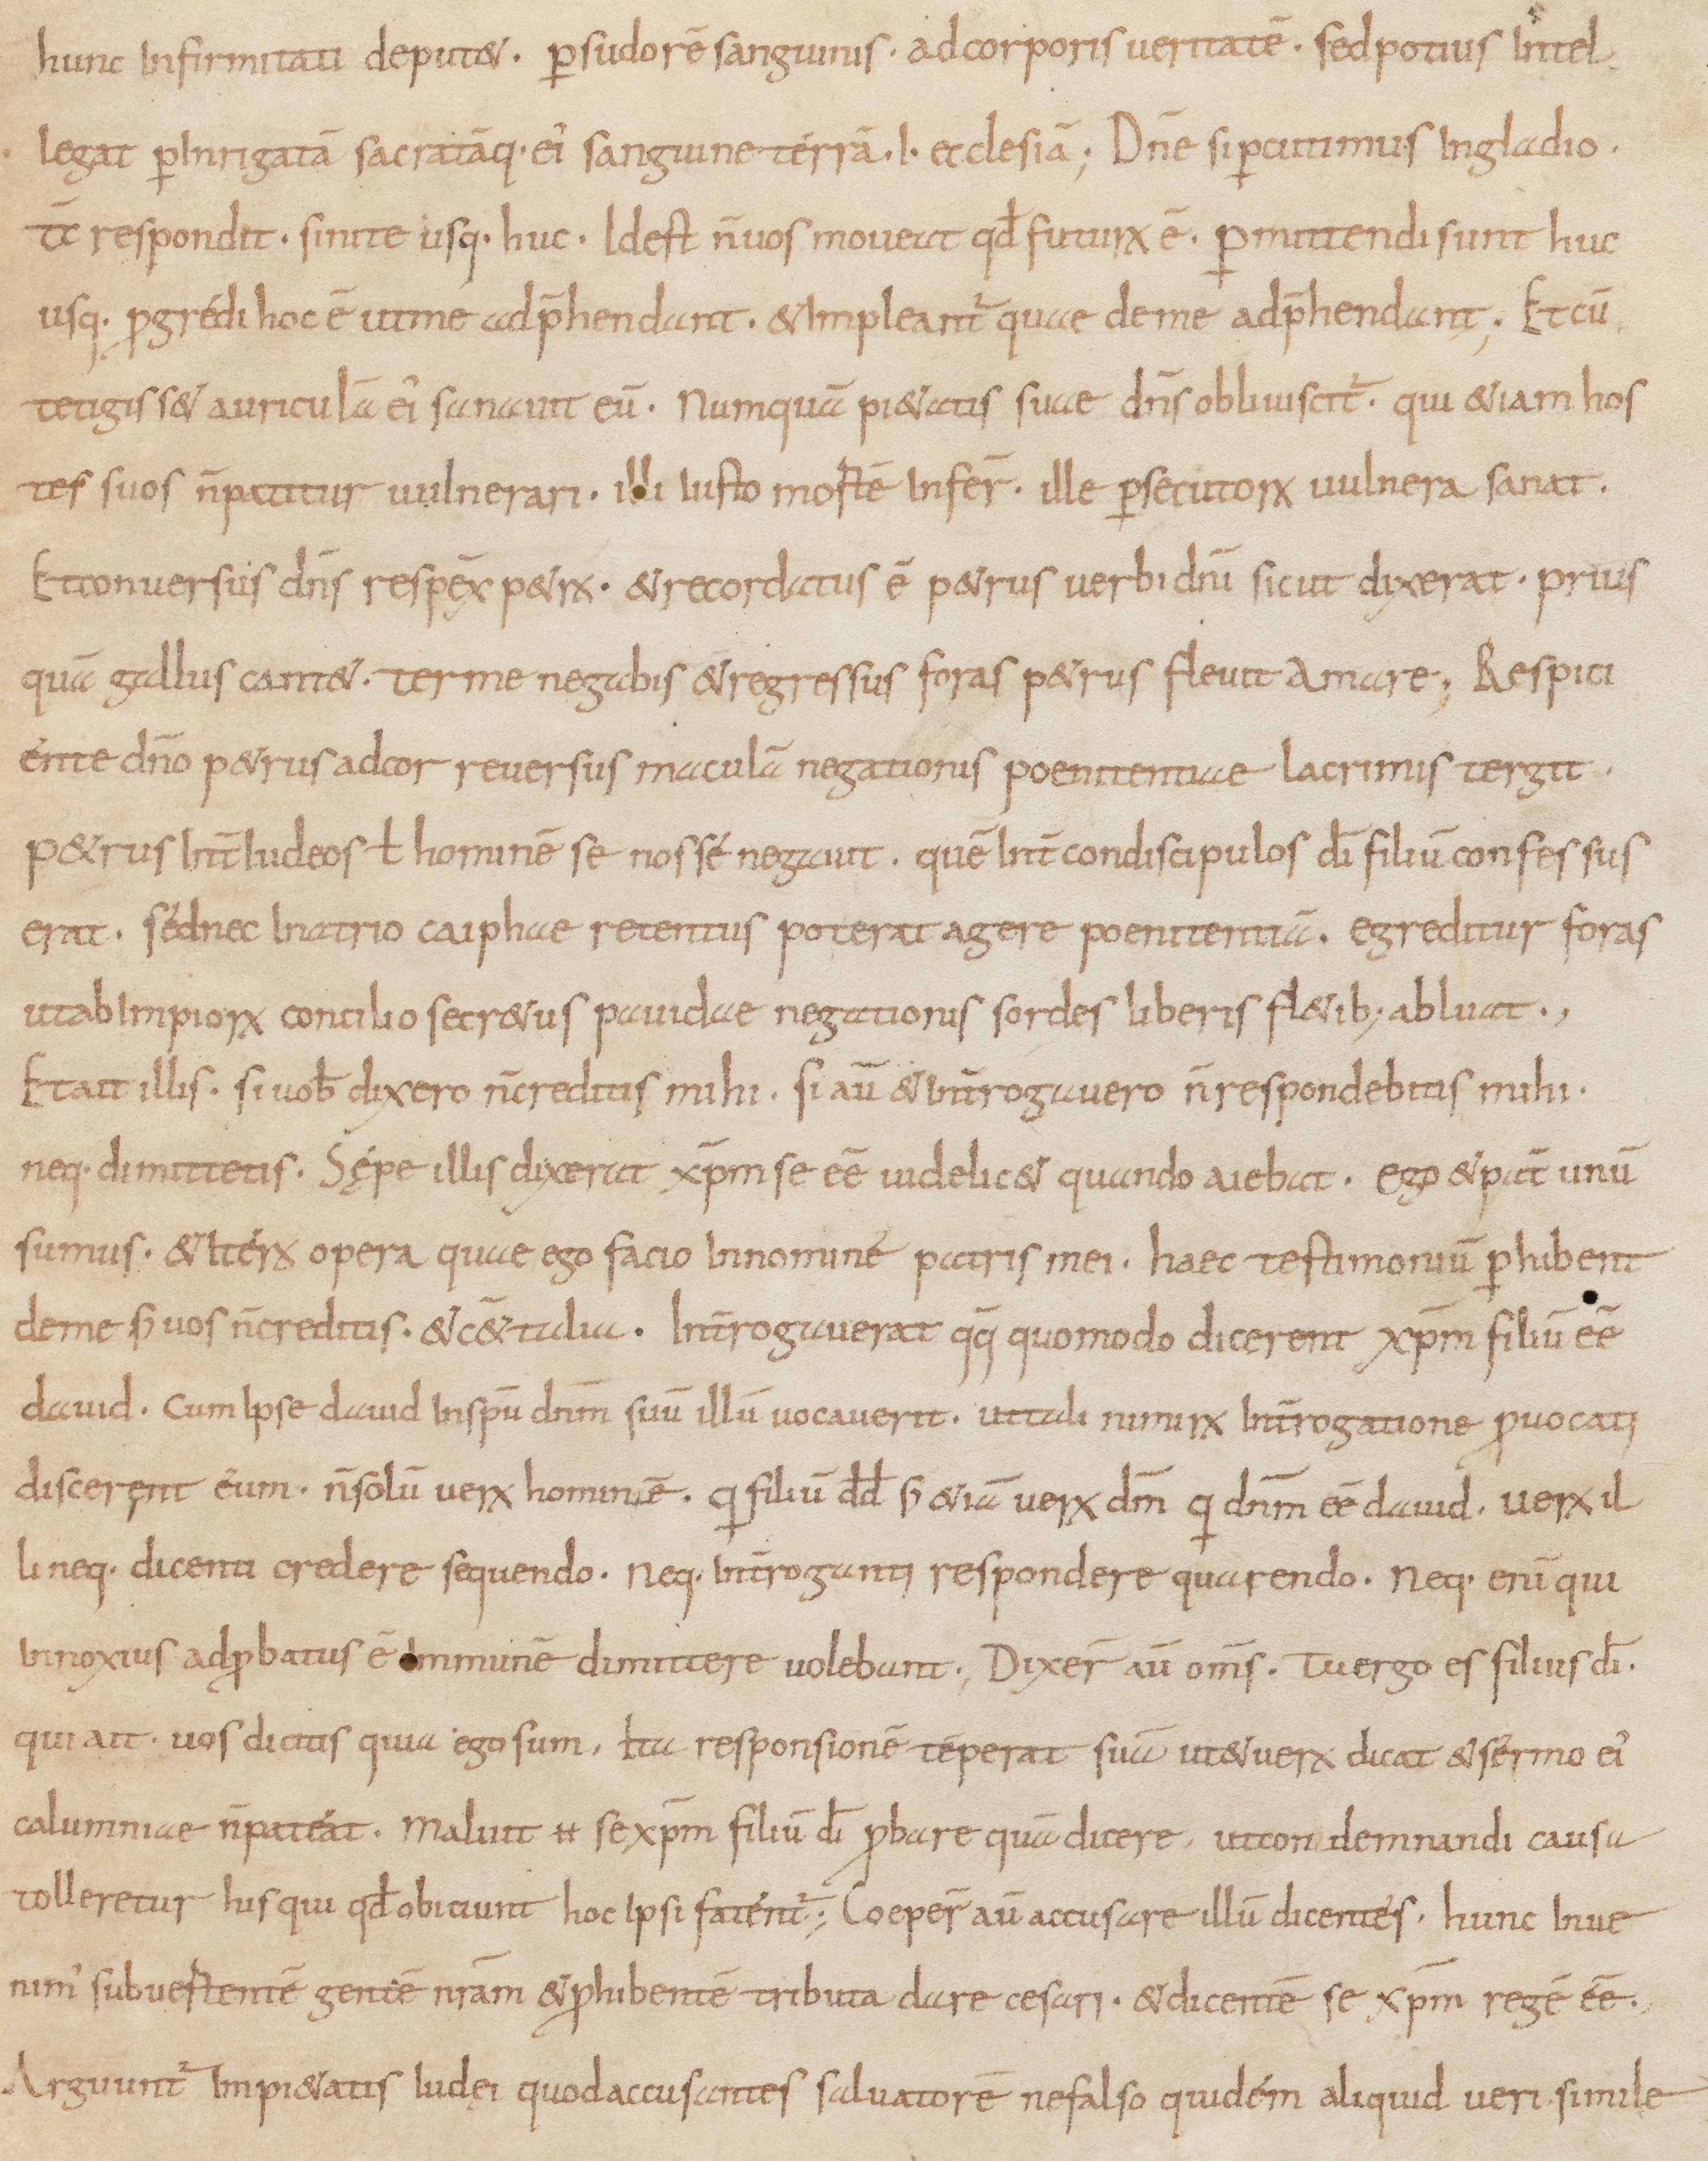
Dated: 800–1399